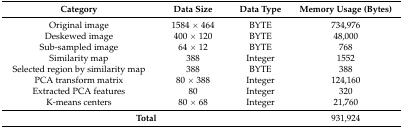
| Category | Data Size | Data Type | Memory Usage (Bytes) |
 | --- | --- | --- | --- |
 | Original image | 1584 × 464 | BYTE | 734,976 |
 | Deskewed image | 400 × 120 | BYTE | 48,000 |
 | Sub-sampled image | 64 × 12 | BYTE | 768 |
 | Similarity map | 388 | Integer | 1552 |
 | Selected region by similarity map | 388 | BYTE | 388 |
 | PCA transform matrix | 80 × 388 | Integer | 124,160 |
 | Extracted PCA features | 80 | Integer | 320 |
 | K-means centers | 80 × 68 | Integer | 21,760 |
 | <COLSPAN=3> Total | 931,924 |